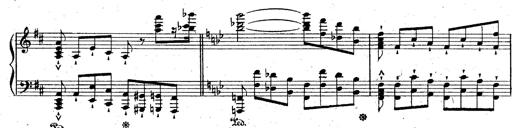
Title: La Marseillaise
Composer: Franz Liszt
Key: B-flat major